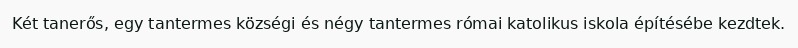
Két tanerős, egy tantermes községi és négy tantermes római katolikus iskola építésébe kezdtek.